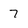
Character: 7